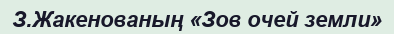
З.Жакенованың «Зов очей земли»